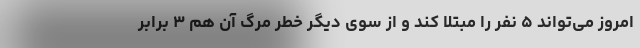
امروز می‌تواند ۵ نفر را مبتلا کند و از سوی دیگر خطر مرگ آن هم ۳ برابر